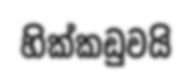
හික්කඩුවයි